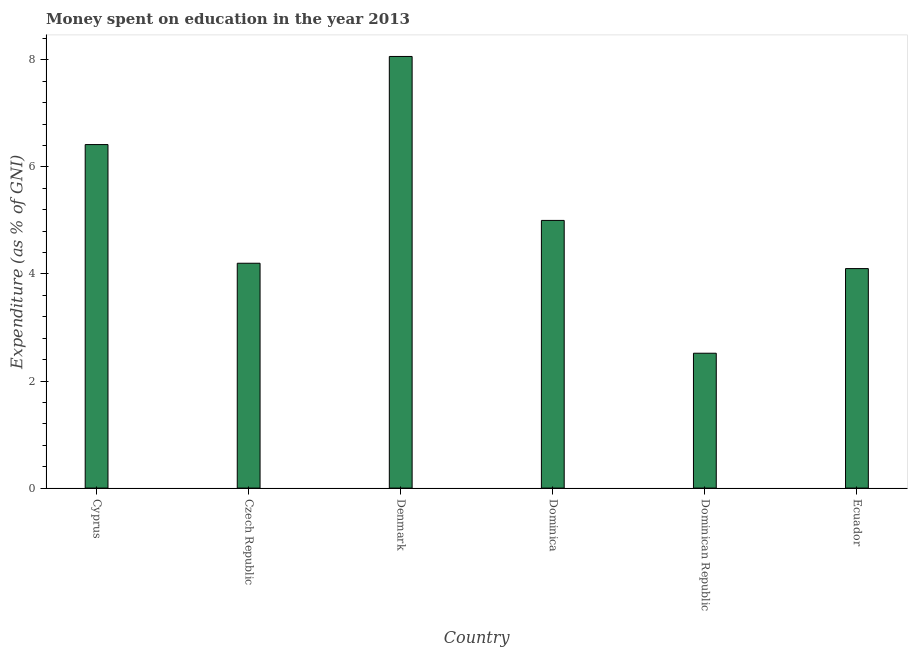
| Country | Education expenditure |
 | --- | --- |
 | Cyprus | 6.42 |
 | Czech Republic | 4.2 |
 | Denmark | 8.06 |
 | Dominica | 5 |
 | Dominican Republic | 2.52 |
 | Ecuador | 4.1 |